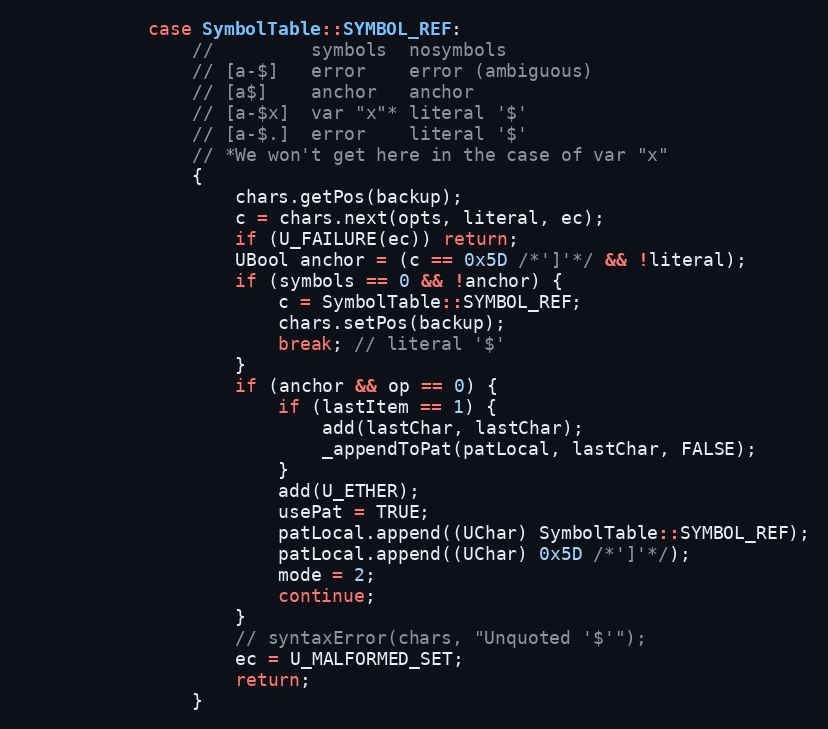
Language: C++
            case SymbolTable::SYMBOL_REF:
                //         symbols  nosymbols
                // [a-$]   error    error (ambiguous)
                // [a$]    anchor   anchor
                // [a-$x]  var "x"* literal '$'
                // [a-$.]  error    literal '$'
                // *We won't get here in the case of var "x"
                {
                    chars.getPos(backup);
                    c = chars.next(opts, literal, ec);
                    if (U_FAILURE(ec)) return;
                    UBool anchor = (c == 0x5D /*']'*/ && !literal);
                    if (symbols == 0 && !anchor) {
                        c = SymbolTable::SYMBOL_REF;
                        chars.setPos(backup);
                        break; // literal '$'
                    }
                    if (anchor && op == 0) {
                        if (lastItem == 1) {
                            add(lastChar, lastChar);
                            _appendToPat(patLocal, lastChar, FALSE);
                        }
                        add(U_ETHER);
                        usePat = TRUE;
                        patLocal.append((UChar) SymbolTable::SYMBOL_REF);
                        patLocal.append((UChar) 0x5D /*']'*/);
                        mode = 2;
                        continue;
                    }
                    // syntaxError(chars, "Unquoted '$'");
                    ec = U_MALFORMED_SET;
                    return;
                }